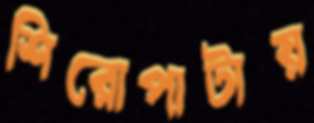
শিরোপাটায়